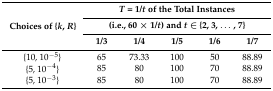
<table><thead><tr><td rowspan="3"><b>Choices of {<i>k</i>, <i>R</i>}</b></td><td colspan="5"><b><i>T</i> = 1/<i>t</i> of the Total Instances</b></td></tr><tr><td colspan="5"><b>(i.e., 60 × 1/<i>t</i>) and <i>t</i> ∈ {2, 3, ..., 7}</b></td></tr><tr><td><b>1/3</b></td><td><b>1/4</b></td><td><b>1/5</b></td><td><b>1/6</b></td><td><b>1/7</b></td></tr></thead><tbody><tr><td>{10, 10<sup>−5</sup>}</td><td>65</td><td>73.33</td><td>100</td><td>50</td><td>88.89</td></tr><tr><td>{5, 10<sup>−4</sup>}</td><td>85</td><td>80</td><td>100</td><td>70</td><td>88.89</td></tr><tr><td>{5, 10<sup>−3</sup>}</td><td>85</td><td>80</td><td>100</td><td>70</td><td>88.89</td></tr></tbody></table>